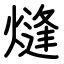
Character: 熢